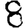
Digit: 8